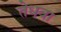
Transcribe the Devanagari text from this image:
तेधवा